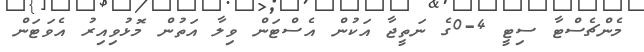
މެންޗެސްޓާ ސިޓީ 4-0ގެ ނަތީޖާ އަކުން އެސްޓަން ވިލާ އަތުން މޮޅުވިއިރު އެވަޓަން